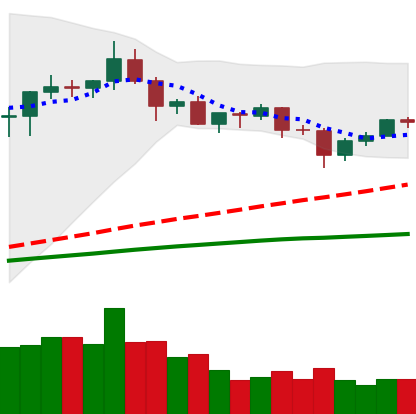
Ticker: XRP-USD
Chart end date: 2020-08-31
Forward return: -15.642%
Label: down_7plus